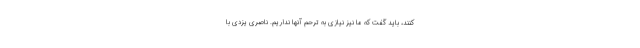
کنند، باید گفت که ما نیز نیازی به ترحم آنها نداریم. ناصری یزدی با